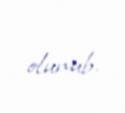
olunub.